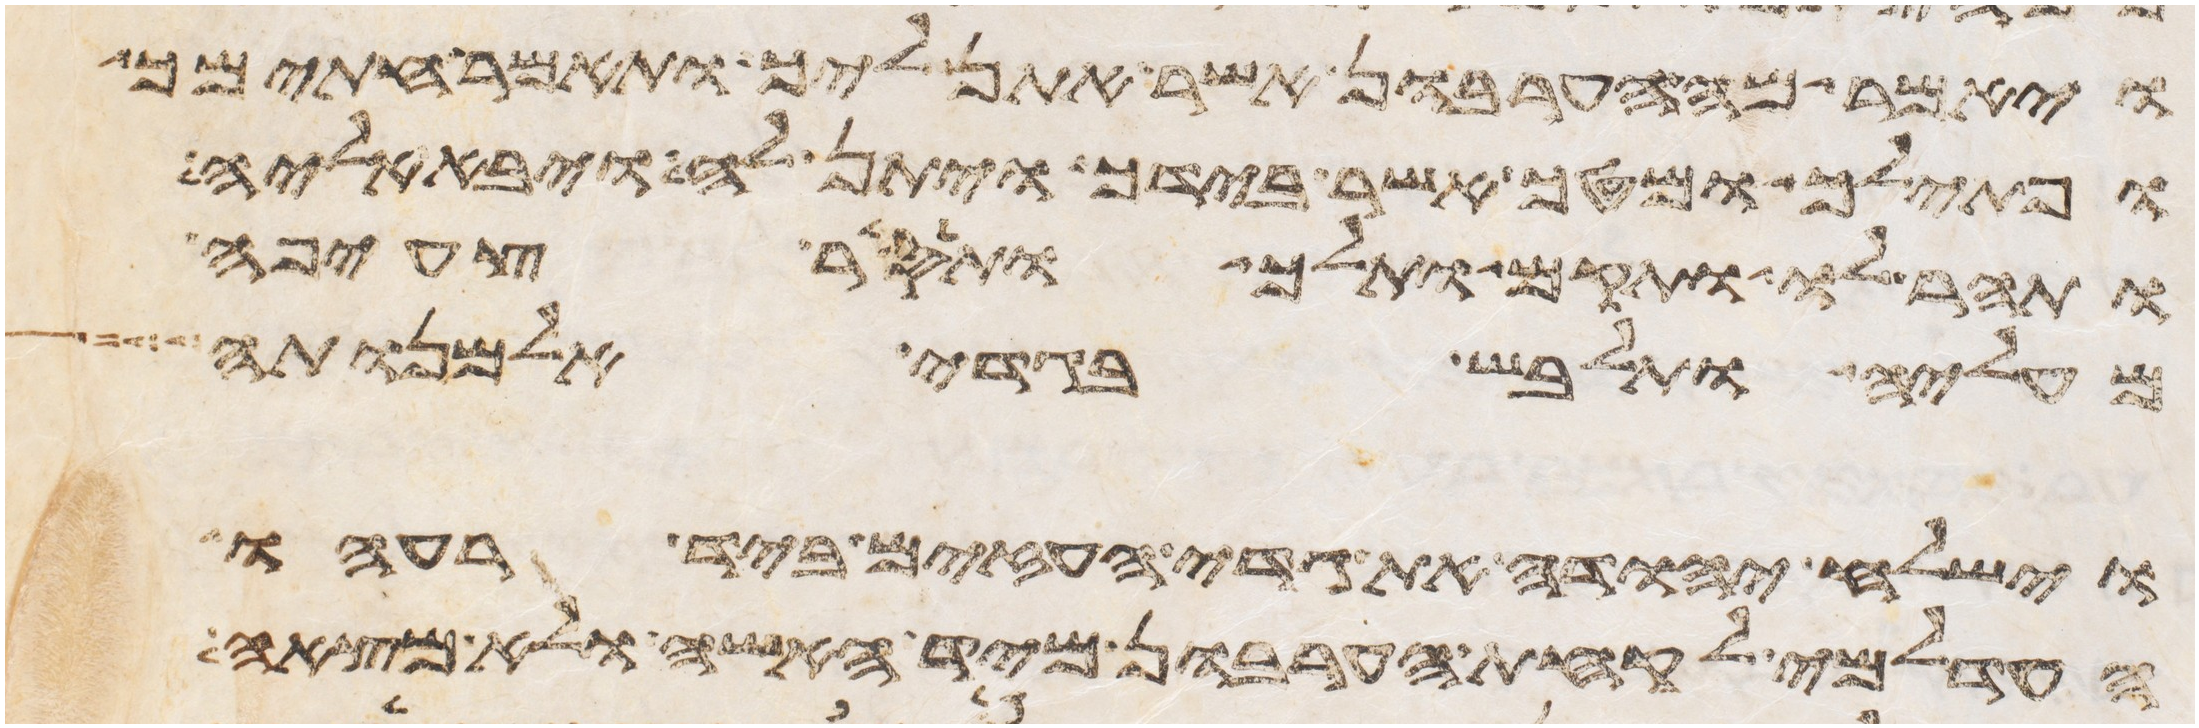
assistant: ויאמר מה הערבון אשר אתן ליך ותאמר חתימך
ופתילך ומטך אשר בידך ויתן לה ויבא אליה
ותהר לו ותקם ותלך ותסר צעיפה
מעליה ותלבש בגדי אלמנותה
וישלח יהודה את גדי העזים ביד רעהו
העדלמי לקחת הערבון מיד האשה ולא מצאה